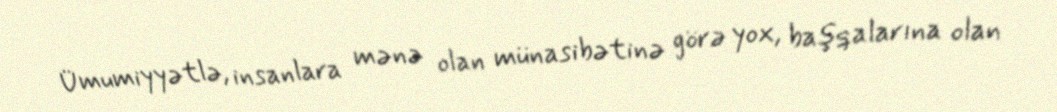
Ümumiyyətlə, insanlara mənə olan münasibətinə görə yox, başqalarına olan